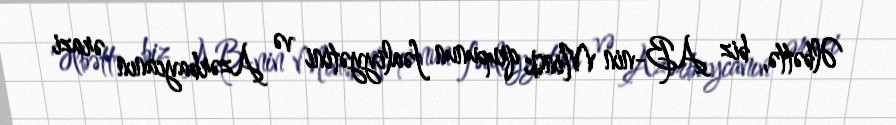
Əlbəttə, biz AB-nin Minsk qrupunun fəaliyyətini və Azərbaycanın ərazi